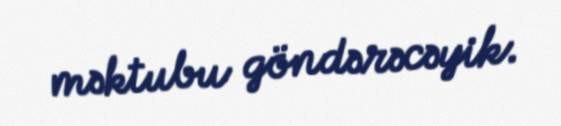
məktubu göndərəcəyik.